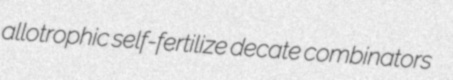
allotrophic self-fertilize decate combinators